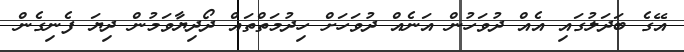
އޭގެ ބަދަލުގައި އެއް ދުވަހުން އަނެއް ދުވަހަށް ހިދުމަތްތައް ދޯދިޔާވަމުން ދިޔަ ފެނިގެން